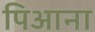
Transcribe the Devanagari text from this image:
पिआना